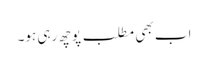
اب بھی مطلب پوچھ رہی ہو۔